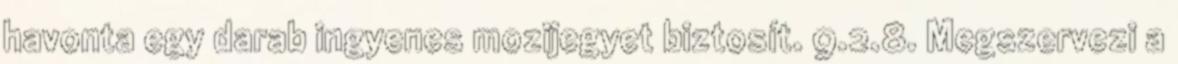
havonta egy darab ingyenes mozijegyet biztosít. 9.2.8. Megszervezi a